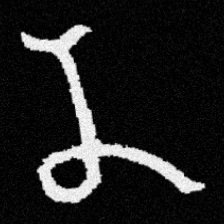
Pyu character \u2014 Myanmar letter: န (romanized: na)